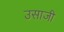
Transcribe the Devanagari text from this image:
उसाजी